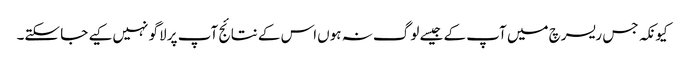
کیونکہ جس ریسرچ میں‌ آپ کے جیسے لوگ نہ ہوں‌اس کے نتائج آپ پر لاگو نہیں‌کیے جا سکتے۔